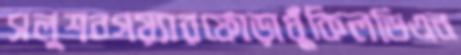
সলুশনগয়্যারফোড়াধুঁকিলডিএন